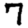
Digit: 7